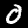
Label: 0